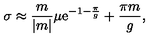
\sigma \approx { \frac { m } { | m | } } \mu \mathrm { e } ^ { - 1 - { \frac { \pi } { g } } } + { \frac { \pi m } { g } } ,